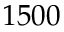
1 5 0 0